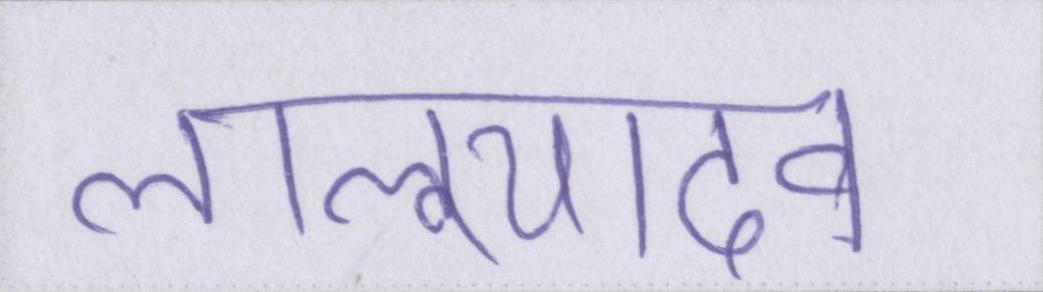
लालूयादव